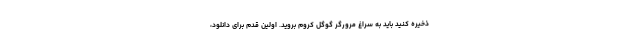
ذخیره کنید باید به سراغ مرورگر گوگل کروم بروید. اولین قدم برای دانلود،